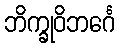
ဘိက္ခုဝိဘင်္ဂေ